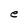
Character: e